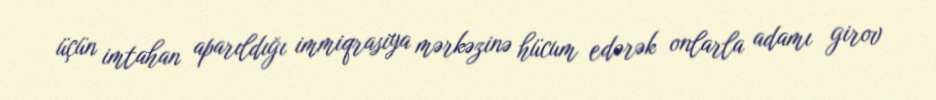
üçün imtahan aparıldığı immiqrasiya mərkəzinə hücum edərək onlarla adamı girov